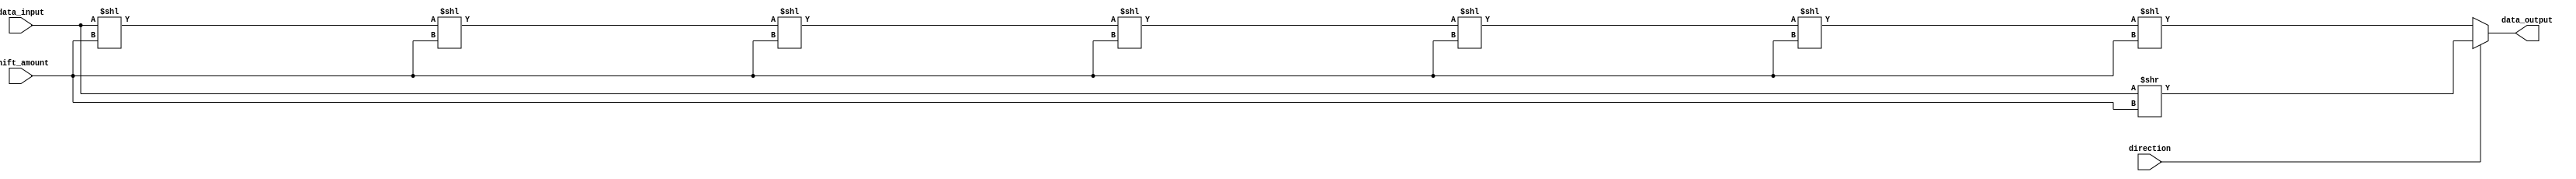
module BarrelShifter (
    input wire [7:0] data_input,
    input wire direction,
    input wire [2:0] shift_amount,
    output reg [7:0] data_output
);

// Define the structure for the binary tree barrel shifter
// Each node represents a stage of shifting operation
// Perform arithmetic operations at each node to shift the bits

// Define parameters
parameter SIZE = 8;
parameter LSHIFT = 0;
parameter RSHIFT = 1;

// Define internal signals
reg [7:0] node0, node1, node2, node3, node4, node5, node6, node7;

// Initial input data at root node
assign node0 = data_input;

// Perform left or right logical shifts based on the direction
always @(*)
begin
    case (direction)
        LSHIFT:
            begin
                node1 = node0 << shift_amount;
                node2 = node1 << shift_amount;
                node3 = node2 << shift_amount;
                node4 = node3 << shift_amount;
                node5 = node4 << shift_amount;
                node6 = node5 << shift_amount;
                node7 = node6 << shift_amount;
            end
        RSHIFT:
            begin
                node1 = node0 >> shift_amount;
                node2 = node1 >> shift_amount;
                node3 = node2 >> shift_amount;
                node4 = node3 >> shift_amount;
                node5 = node4 >> shift_amount;
                node6 = node5 >> shift_amount;
                node7 = node6 >> shift_amount;
            end
    endcase
end

// Output data at leaf node after completing all shifting stages
assign data_output = (direction == LSHIFT) ? node7 : node1;

endmodule